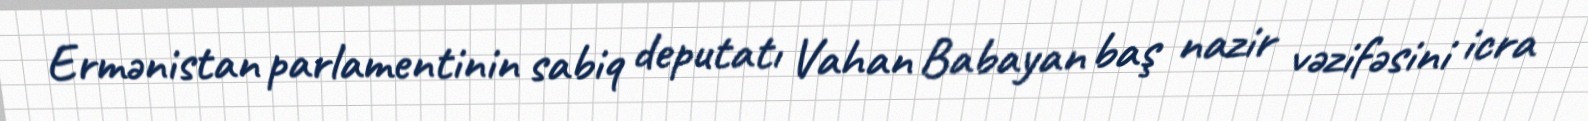
Ermənistan parlamentinin sabiq deputatı Vahan Babayan baş nazir vəzifəsini icra